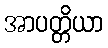
အာပတ္တိယာ